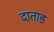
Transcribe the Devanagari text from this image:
दाताड